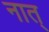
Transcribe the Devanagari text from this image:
नात्